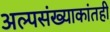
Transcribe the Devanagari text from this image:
अल्पसंख्याकांतही